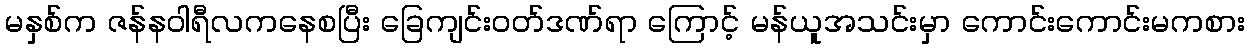
မနှစ်က ဇန်နဝါရီလကနေစပြီး ခြေကျင်းဝတ်ဒဏ်ရာ ကြောင့် မန်ယူအသင်းမှာ ကောင်းကောင်းမကစား